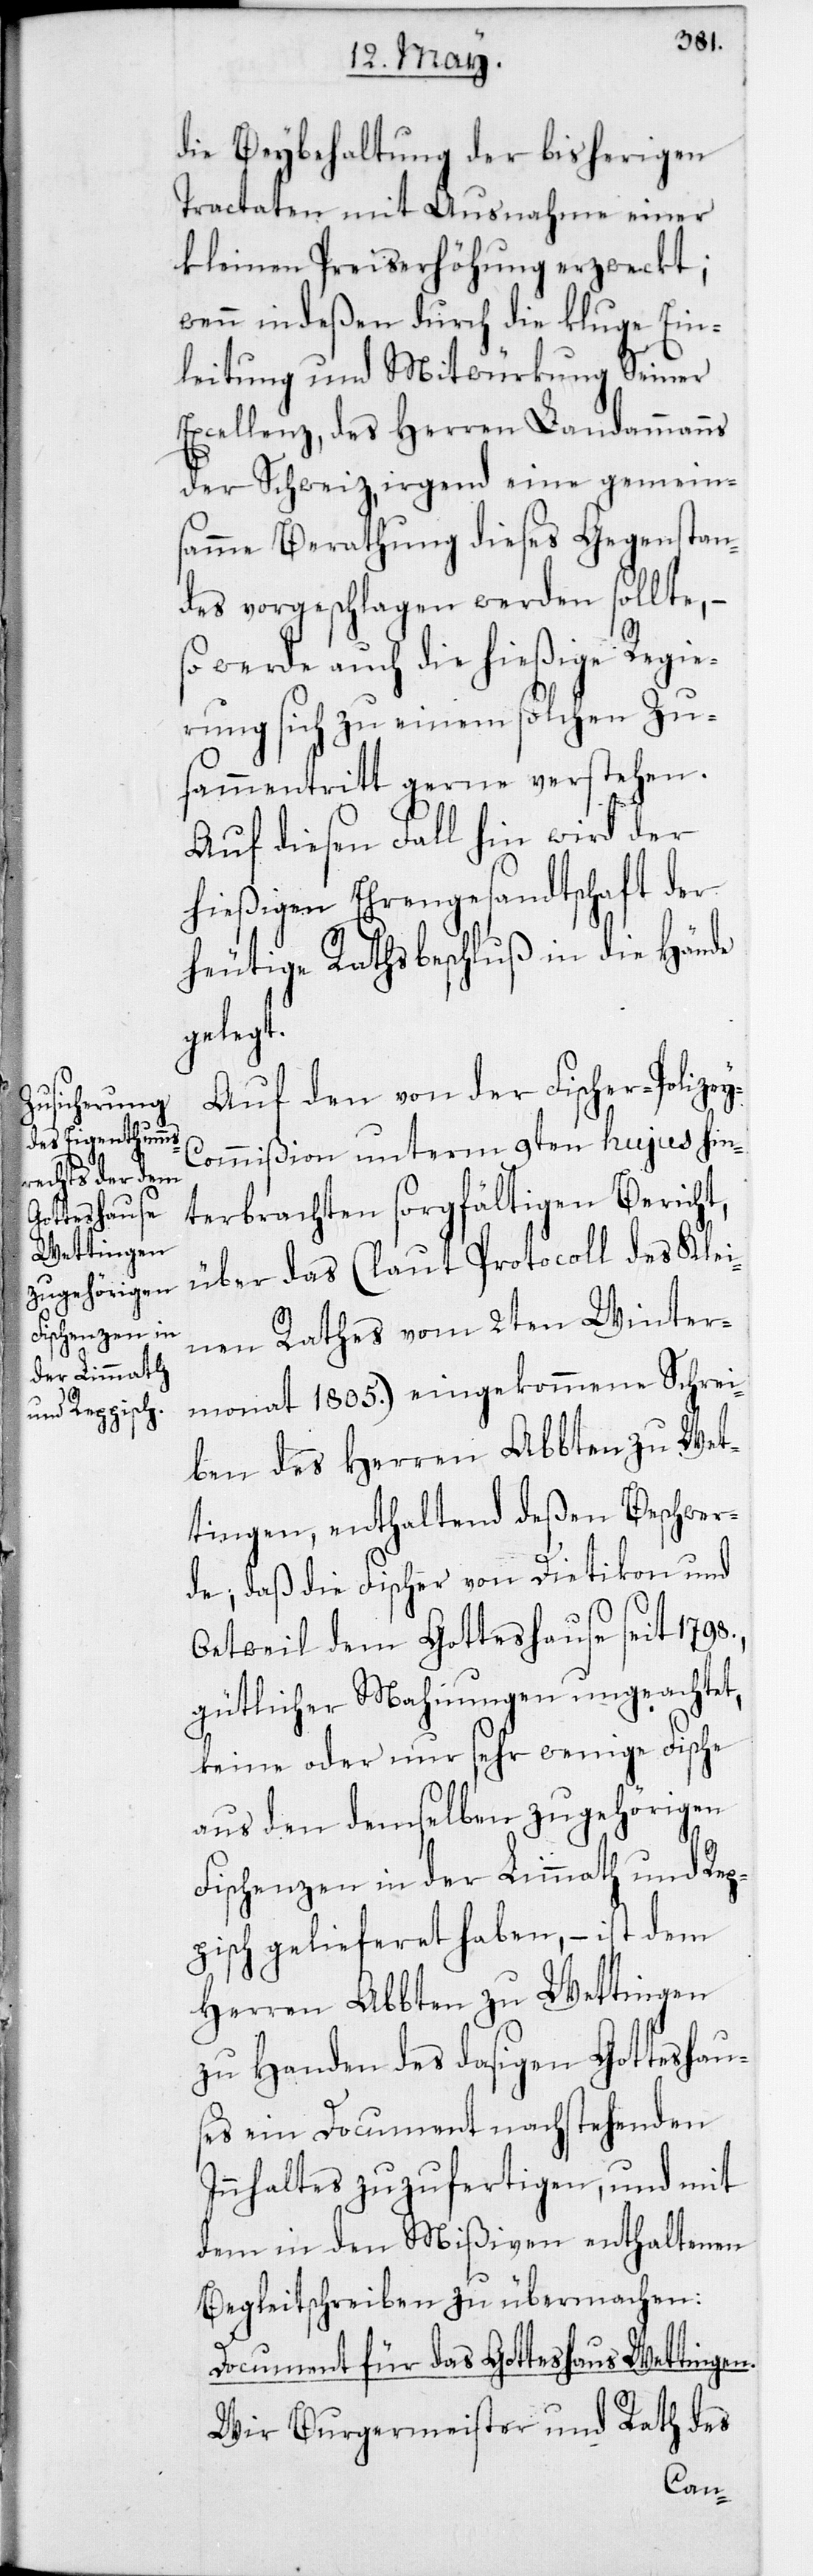
die Beybehaltung der bisherigen
Tractaten mit Ausnahme einer
kleinen Preiserhöhung erzweckt,
wenn indeßen durch die kluge Ein¬
leitung und Mitwürkung Seiner
Excellenz des Herren Landammanns
der Schweiz, irgend eine gemein¬
samme Berathung dieses Gegenstan¬
des vorgeschlagen werden sollte, –
werde auch die hießige Regie¬
rung sich zu einem solchen Zu¬
sammentritt gerne verstehen.
Auf diesen Fall hin wird der
hießigen Ehrengesandtschaft der
heutige Rathsbeschluß in die Hände
gelegt.
Auf den von der Fischer-Polize¬
y-Commißion unterm 9ten hujus hin¬
terbrachten sorgfältigen Bericht,
über das (laut Protocoll des Klei¬
nen Rathes vom 2ten Winter¬
monat 1805.) eingekommene Schrei¬
ben des Herren Abbten zu Wet¬
tingen, enthaltend deßen Beschwer¬
de, daß die Fischer von Dietikon und
Oetweil dem Gotteshause seit 1798.,
gütlicher Mahnungen ungeachtet,
keine oder nur sehr wenige Fische
aus den demselben zugehörigen
Fischenzen in der Limmath und Rep¬
pisch gelieferet haben, – ist dem
Herren Abbten zu Wettingen
zu Handen des dasigen Gotteshau¬
ses ein Document nachstehenden
Innhaltes zuzufertigen, und mit
dem in den Mißiven enthaltenen
Begleitschreiben zu übermachen.
Document für das Gotteshaus Wettingen.
Wir Burgermeister und Rath des